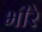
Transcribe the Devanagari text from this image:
भीरे